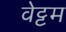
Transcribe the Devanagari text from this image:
वेट्टम